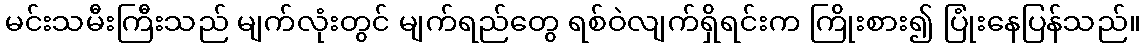
မင်းသမီးကြီးသည် မျက်လုံးတွင် မျက်ရည်တွေ ရစ်ဝဲလျက်ရှိရင်းက ကြိုးစား၍ ပြုံးနေပြန်သည်။